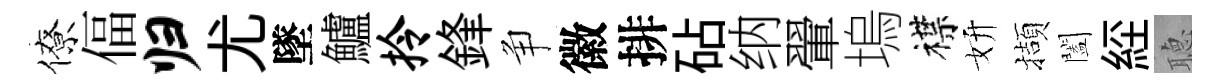
僚偪归尤墜鱸拎鋒争徽排砧纳翬塢襟妍擷闔𦀇𦗟